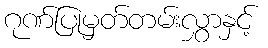
ဂုဏ်ပြုမှတ်တမ်းလွှာနှင့်